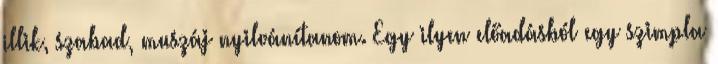
illik, szabad, muszáj nyilvánítanom. Egy ilyen előadásból egy szimpla